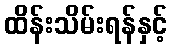
ထိန်းသိမ်းရန်နှင့်